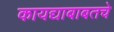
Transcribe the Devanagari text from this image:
कायद्याबाबतचे